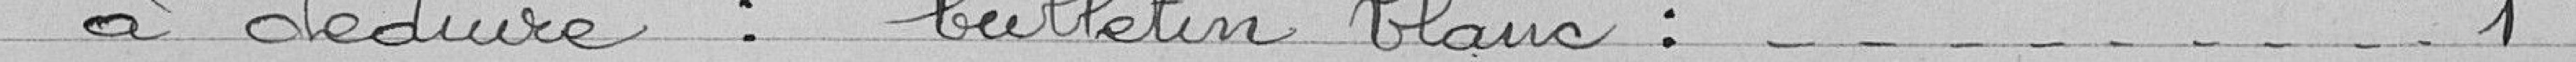
à déduire : bulletin blanc : 1